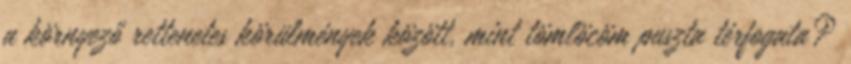
a környező rettenetes körülmények között, mint tömlöcöm puszta térfogata?